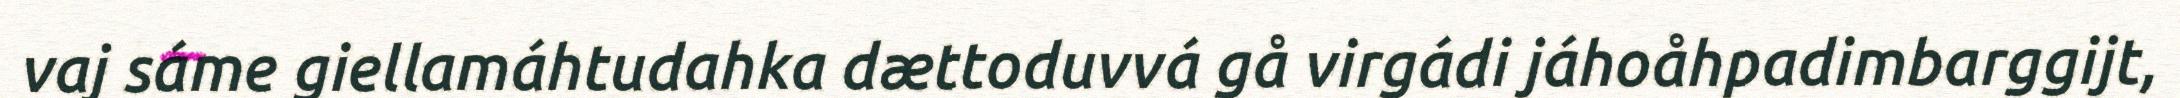
vaj sáme giellamáhtudahka dættoduvvá gå virgádi jáhoåhpadimbarggijt,